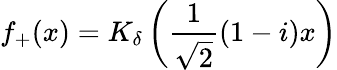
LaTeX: f_{+}(x)=K_{\delta}\left(\frac{1}{\sqrt{2}}(1-i)x\right)